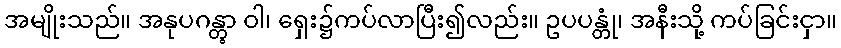
အမျိုးသည်။ အနုပဂန္တွာ ဝါ၊ ရှေး၌ကပ်လာပြီး၍လည်း။ ဥပပန္တုံ၊ အနီးသို့ ကပ်ခြင်းငှာ။